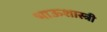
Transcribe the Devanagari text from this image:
भाऊशास्त्री